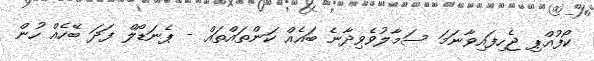
ކޯފުއްޕި ޖެހިފައިވާނަމަ ސަމާލުވެވިދާނެ ބައެއް ކަންތައްތައް - ޕެނަޑޯލް ފަދަ ބޭހެއް ހުން